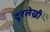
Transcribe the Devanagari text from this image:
दूरलेखी